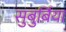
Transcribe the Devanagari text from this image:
सुबुर्बिया